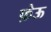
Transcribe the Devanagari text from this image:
फ़ेऊ